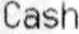
CASH